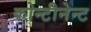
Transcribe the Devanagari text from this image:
कोन्टीनेन्ट